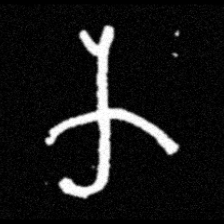
Pyu character \u2014 Myanmar letter: က (romanized: ka)